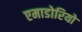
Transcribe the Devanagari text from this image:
एमाडोरियो